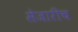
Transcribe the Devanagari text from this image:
सेजारीच